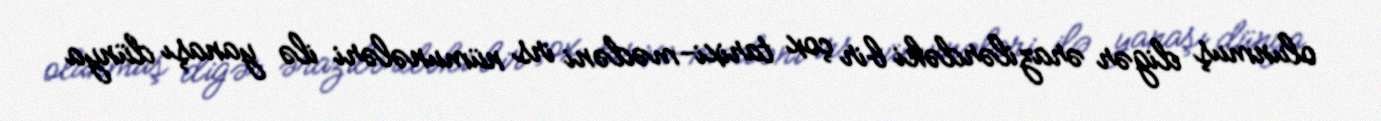
olunmuş digər ərazilərdəki bir çox tarixi-mədəni irs nümunələri ilə yanaşı dünya